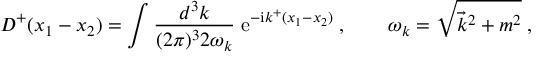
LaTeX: D ^ { + } ( x _ { 1 } - x _ { 2 } ) = \int \frac { d ^ { 3 } k } { ( 2 \pi ) ^ { 3 } 2 \omega _ { k } } \; \mathrm { e } ^ { - \mathrm { i } k ^ { + } ( x _ { 1 } - x _ { 2 } ) } \; , \qquad \omega _ { k } = \sqrt { \vec { k } ^ { 2 } + m ^ { 2 } } \; ,